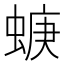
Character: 𧍁